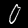
Label: 0